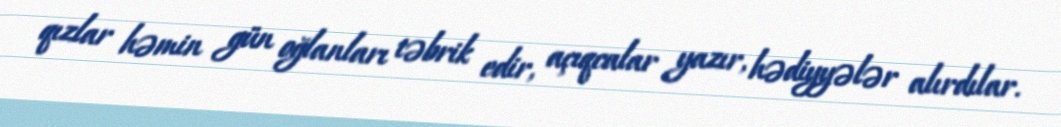
qızlar həmin gün oğlanları təbrik edir, açıqcalar yazır, hədiyyələr alırdılar.